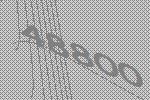
48800